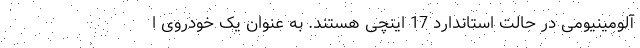
آلومینیومی در حالت استاندارد 17 اینچی هستند. به عنوان یک خودروی ا